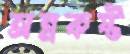
অন্নকষ্ট